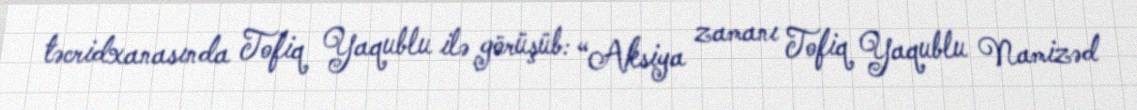
təcridxanasında Tofiq Yaqublu ilə görüşüb: “Aksiya zamanı Tofiq Yaqublu Namizəd